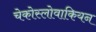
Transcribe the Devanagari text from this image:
चेकोस्लोवाकियन